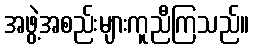
အဖွဲ့အစည်းများကူညီကြသည်။